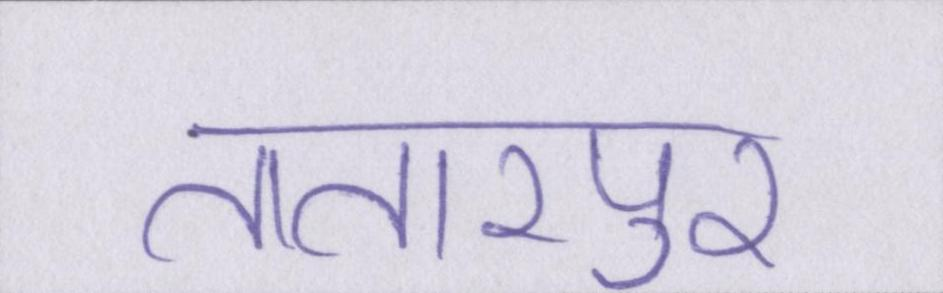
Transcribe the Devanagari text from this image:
तातारपुर